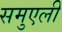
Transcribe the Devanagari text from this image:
समुएली